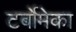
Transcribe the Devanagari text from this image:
टर्बोमेका